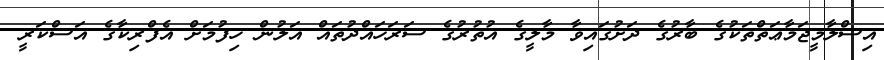
އިސްލާމީޖަމާޢަތްތަކުގެ ބާރުގެ ދަށުގައިވާ މާލީގެ އުތުރުގެ ސަރަހައްދުތައް އަލުން ހިފުމަށް އެފްރިކާގެ އަސްކަރީ